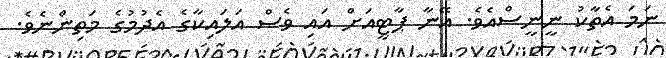
ނަމަ އެތާކު ނީނީސްއެވެ. އޭނާ ޕާޓީއަށް އައި ވެސް އަލައިކާގެ އެދުމުގެ މަތިންނެވެ.